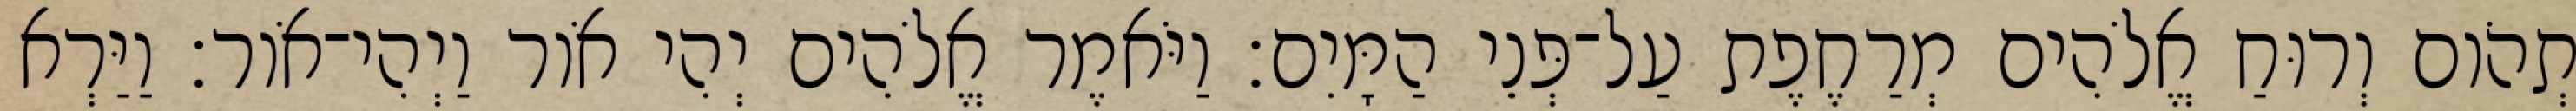
תְהֹום וְרוּחַ אֱלֹהִים מְרַחֶפֶת עַל־פְּנֵי הַמָּיִם׃ וַיֹּאמֶר אֱלֹהִים יְהִי אֹור וַיְהִי־אֹור׃ וַיַּרְא